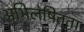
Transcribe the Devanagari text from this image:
अभिलषितता